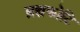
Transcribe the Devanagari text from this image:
ब्रह्मकोटि